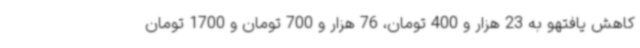
کاهش یافتهو به 23 هزار و 400 تومان، 76 هزار و 700 تومان و 1700 تومان